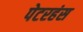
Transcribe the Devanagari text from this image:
पेटरहंस